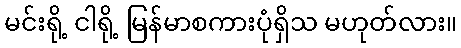
မင်းရို့ ငါရို့ မြန်မာစကားပုံရှိသ မဟုတ်လား။